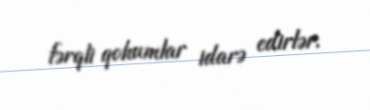
fərqli qohumlar idarə edirlər.